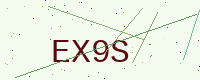
Text: EX9S